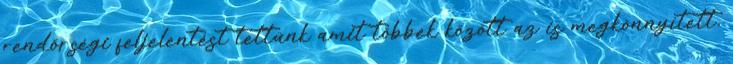
rendőrségi feljelentést tettünk amit többek között az is megkönnyített,